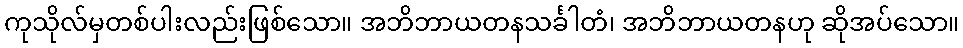
ကုသိုလ်မှတစ်ပါးလည်းဖြစ်သော။ အဘိဘာယတနသင်္ခါတံ၊ အဘိဘာယတနဟု ဆိုအပ်သော။